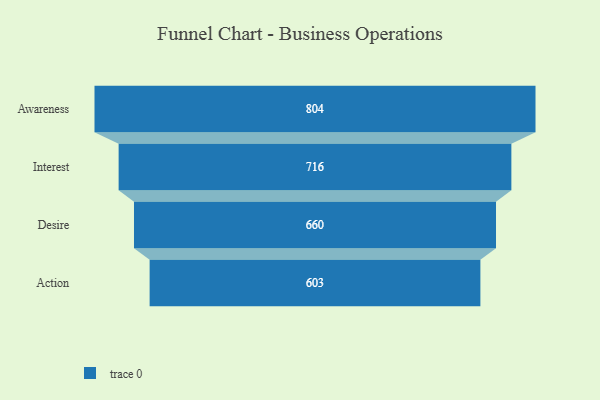
{"axis": {"x": "Stage", "y": "Value"}, "legend": [""], "data": [{"x": "Awareness", "y": 804.0, "type": ""}, {"x": "Interest", "y": 716.0, "type": ""}, {"x": "Desire", "y": 660.0, "type": ""}, {"x": "Action", "y": 603.0, "type": ""}]}